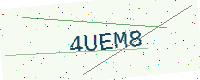
Text: 4UEM8